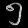
Digit: ၅